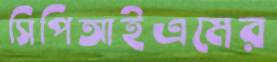
সিপিআইএমের